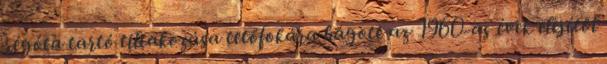
régóta tartó tiltakozása tetőfokára hágott az 1960-as évek elejétől